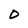
Character: O